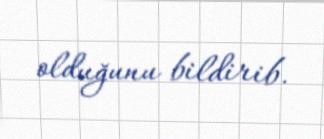
olduğunu bildirib.